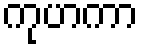
ကုဟကာ